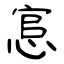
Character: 悹